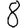
Digit: 8